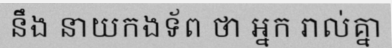
នឹង នាយកងទ័ព ថា អ្នក រាល់គ្នា